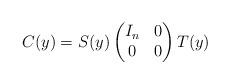
LaTeX: \begin{align*}C(y) = S(y)\left(\begin{matrix}I_n & 0 \\0 & 0 \\\end{matrix}\right)T(y)\end{align*}